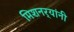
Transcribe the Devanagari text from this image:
मिशनर्‍यांनी